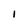
Character: I